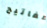
مفاتيح